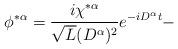
LaTeX: \begin{align*}\phi^{* \alpha}= \frac{i \chi^{* \alpha}}{\sqrt{L}(D^{ \alpha})^2} e^{-iD^{\alpha}t}- \end{align*}